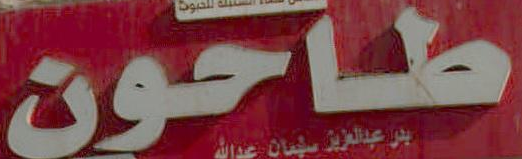
طاحون